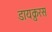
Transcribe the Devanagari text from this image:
डायक्रुरस